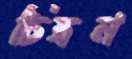
চিত্রন